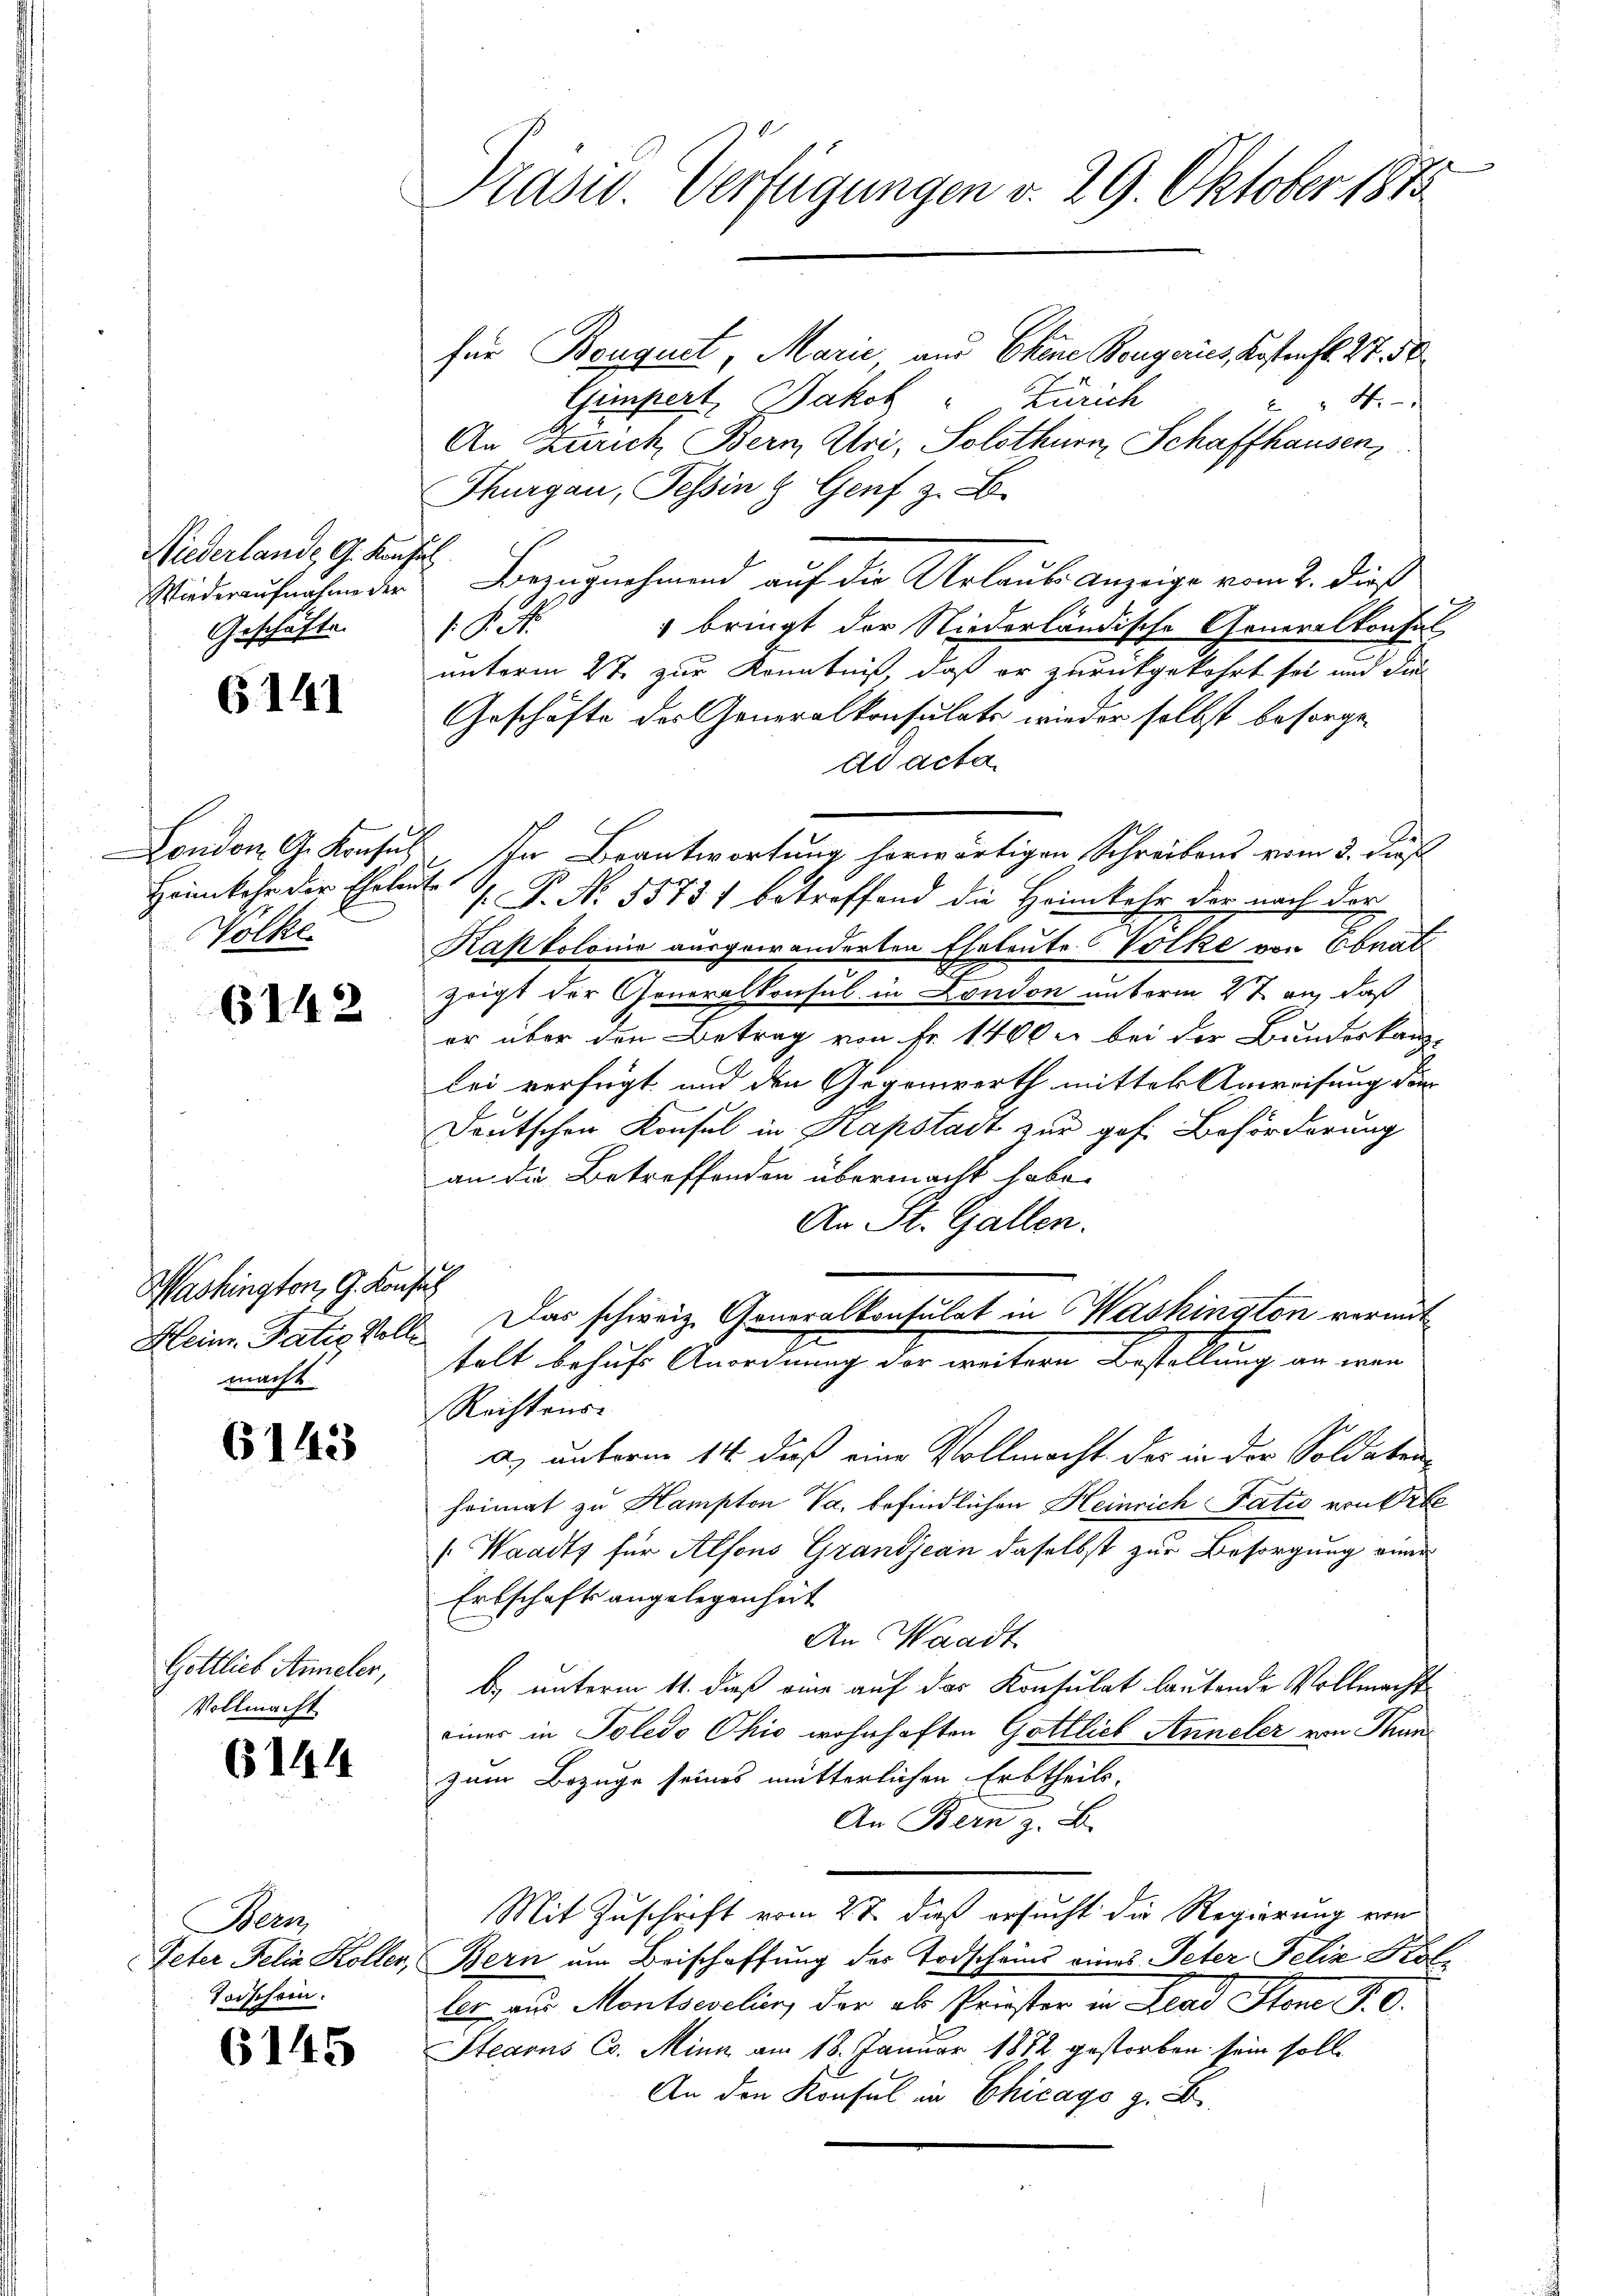
Niederlande G. Konflich
Geschäfte.

6141

Volke.

6142

Washington, G. Konsul
macht

6143

Gottlieb Anneler,
Vollmacht

6144

Bern
Toischein.

6145

.
Präsid. Verfügungen v. 29. Oktober 1873

für Bouquet, Marie und Chine Bourgeries, Kostenfl. 27. d
Gempert, Jakob Zürich
4.
An Zürich, Bern, Uri, Solothurn, Schaffhausenz
Thurgau, Tessin & Genf z. B.
Wiederaufnahme der Bezugnehmend auf die Urlaube Anzeige vom 2. dieß
 bringt der Niederländische Generalkonsul
11
unterm 2te zur Kenntniß, daß er zurückgekehrt sei und dies
Geschäfte des Generalkonsulats wieder selbst besorge-
dd acta
London G. Konsul, In Beantwortung herwärtigen Schreibens vom 3. dies
Heimkehr der Eheleute P. Nr. 55751 betreffend die Heimkehr der nach der
Kapkolonie ausgewanderten Eheleute Volke von Ebnat
zeigt der Generalkonsul in London unterm 27. an, daß
er über den Betrag von Fr. 1400 u. bei der Bundeskanz-
lei verfügt und den Gegenwerth mitter Anweisung die
Deutschen Konsul in Kapstadt zur gof. Beförderung
an die Betroffenden übermacht habe.
An St. Gallen.
Heim. Patie Voll. Das schweiz. Generalkonsulat in Washington vermit
z
talt behufe Anordnung der weitern Bestellung an war
Rechtens-
a.) unterm 14. dieß eine Vollmacht der in der Soldaten
heimat zu Hampton Va. befindlichen Heinrich Tatio von Arbe
[Waadt für Alfons Grandjean daselbst zur Besorgung eine
Erbschafts angelegenheit
An Waadt
b.) unterm 11. daß eine auf das Konsulat lautende Vollmacht
einer in Poledo Ohio wohnhaften Gottlich Anneler von Han
zum Bezüge seines mütterlichen Erbtheils.
An Bern z. B.
Mit Zuschrift vom 27. dieß ersucht die Regierung von
Peter Felia Koller, Bern um Beischaffung des Todschein eines Peter Felix Kol-
ler aus Montseelin, der als Priester in Lead Ston P. O.
Steaons Co. Minn am 18. Januar 1872 gestorben sein solle
An den Konsul in Chicago z. B.

2